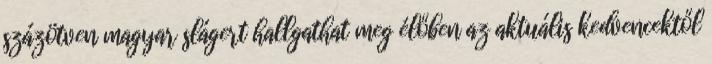
százötven magyar slágert hallgathat meg élőben az aktuális kedvencektől